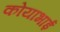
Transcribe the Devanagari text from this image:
कोयाभाई